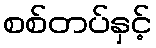
စစ်တပ်နှင့်